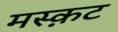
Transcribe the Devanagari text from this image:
मस्क़ट